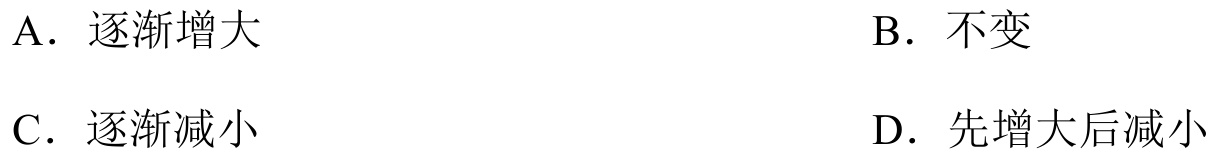
A. 逐渐增大
B. 不变
C. 逐渐减小
D. 先增大后减小